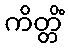
ကိတ္တိံ